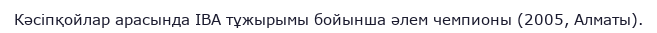
Кәсіпқойлар арасында ІВА тұжырымы бойынша әлем чемпионы (2005, Алматы).